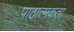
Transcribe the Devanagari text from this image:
पाठात्मकता